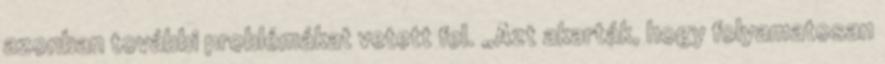
azonban további problémákat vetett fel. „Azt akarták, hogy folyamatosan